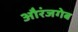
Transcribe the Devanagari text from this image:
औरंजगेब